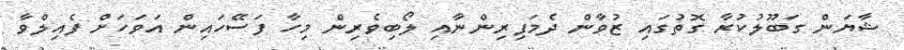
ޝާޔަން ގަބޫލުކުރާ ގޮތުގައި ޒުވާން ދެމަފިރިންނާއި ލޯބިވެރިން މިހާ ފަސޭހައިން އަވަހަށް ފެއިލްވާ